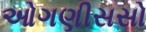
ઓગણીસસો